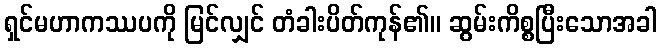
ရှင်မဟာကဿပကို မြင်လျှင် တံခါးပိတ်ကုန်၏။ ဆွမ်းကိစ္စပြီးသောအခါ